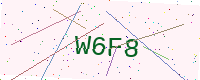
Text: W6F8